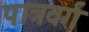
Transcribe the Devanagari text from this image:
पात्रवर्ग